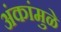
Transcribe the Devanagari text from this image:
अंकांमुळे